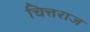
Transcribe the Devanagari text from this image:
चित्तराज